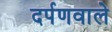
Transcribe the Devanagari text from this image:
दर्पणवाले